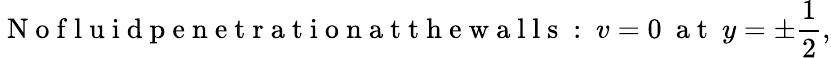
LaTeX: \mathrm{~N~o~f~l~u~i~d~p~e~n~e~t~r~a~t~i~o~n~a~t~t~h~e~w~a~l~l~s~:~}v=0~\mathrm{~a~t~}~y=\pm\frac{1}{2},